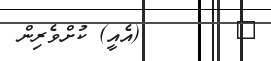
٨        (އެއީ) ކުށްވެރިން